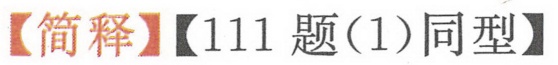
【简释】【111 题(1)同型】